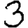
Digit: 3